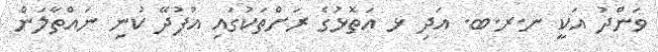
ވަންދު އަކީ ނ.ރ.ބ. އަދި ޅ އަތޮޅުގެ ރަށްތަކުގައި އުފުދޭ ކުނި ނައްތާލަން